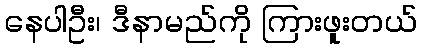
နေပါဦး၊ ဒီနာမည်ကို ကြားဖူးတယ်